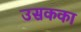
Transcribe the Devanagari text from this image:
उसकका